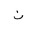
Letter: _non